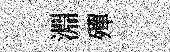
淵殫